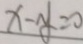
x - y = 0